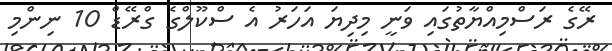
ރޭގެ ރަސްމިއްޔާތުގައި ވަނީ މިދިޔަ އަހަރު އެ ސްކޫލްގެ ގްރޭޑް 10 ނިންމި